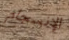
الإنسجام